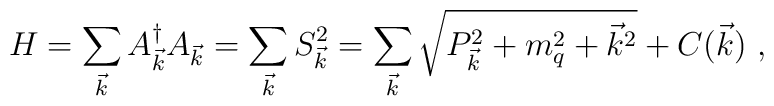
H = \sum_{\vec{k}} A^{\dagger}_{\vec{k}} A_{\vec{k}} =\sum_{\vec{k}} S_{\vec{k}}^2 = \sum_{\vec{k}} \sqrt{P_{\vec{k}}^2 + m_q^2 + {\vec{k}}^2} + C(\vec{k}) \,\, ,